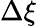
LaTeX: \Delta\xi